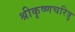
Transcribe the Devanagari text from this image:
श्रीकृष्णचरित्रु